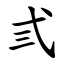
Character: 弎